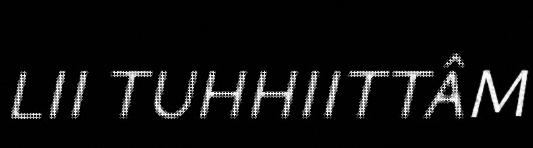
LII TUHHIITTÂM